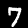
Label: 7